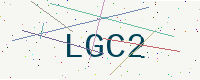
Text: LGC2